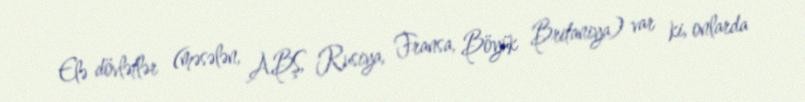
Elə dövlətlər (məsələn, ABŞ, Rusiya, Fransa, Böyük Britaniya) var ki, onlarda